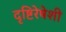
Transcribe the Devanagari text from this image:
दृष्टिरेषेशी